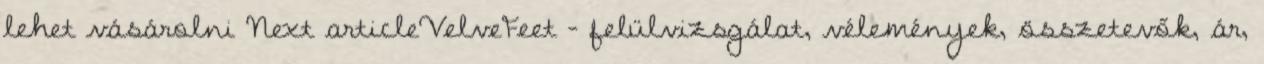
lehet vásárolni Next articleVelveFeet – felülvizsgálat, vélemények, összetevők, ár,